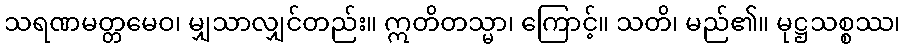
သရဏမတ္တမေဝ၊ မျှသာလျှင်တည်း။ ဣတိတသ္မာ၊ ကြောင့်။ သတိ၊ မည်၏။ မုဋ္ဌသစ္စဿ၊